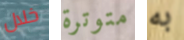
خلال متوترة به